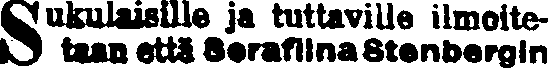
Sukulaisille ja tuttaville ilmoite-